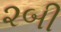
૨બી